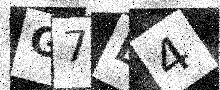
Text: G7B4